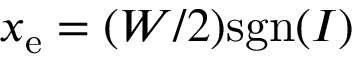
x _ { \mathrm { e } } = ( W / 2 ) \mathrm { s g n } ( I )